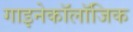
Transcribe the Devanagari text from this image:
गाइनेकॉलॉजिक